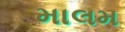
માલમ